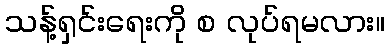
သန့်ရှင်းရေးကို စ လုပ်ရမလား။